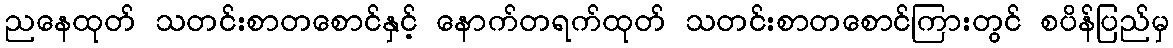
ညနေထုတ် သတင်းစာတစောင်နှင့် နောက်တရက်ထုတ် သတင်းစာတစောင်ကြားတွင် စပိန်ပြည်မှ